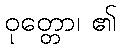
ဝုတ္တော၊ ၏